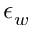
\epsilon _ { w }